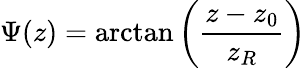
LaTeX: \Psi(z)=\arctan\left(\frac{z-z_{0}}{z_{R}}\right)